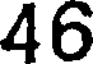
46